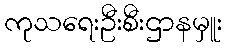
ကုသရေးဦးစီးဌာနမှူး